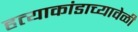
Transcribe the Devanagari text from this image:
हत्याकांडाच्यावेळी